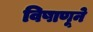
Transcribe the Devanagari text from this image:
विषाणूने